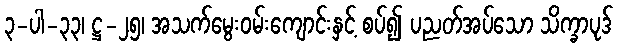
၃-ပါ-၃၃၊ ဋ္ဌ-၂၅၊ အသက်မွေးဝမ်းကျောင်းနှင့် စပ်၍ ပညတ်အပ်သော သိက္ခာပုဒ်